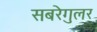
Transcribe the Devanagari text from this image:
सबरेगुलर